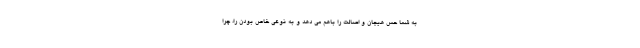
به شما حس هیجان و اصالت را باهم می دهد و به نوعی خاص بودن را، چرا